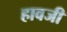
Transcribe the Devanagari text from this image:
हावजी